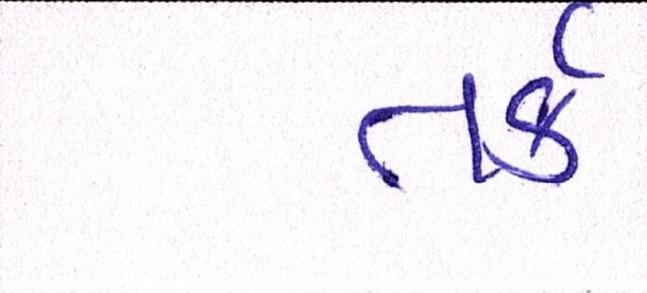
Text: તર્ક